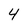
Character: 4